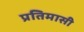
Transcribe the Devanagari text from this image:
प्रतिमासी